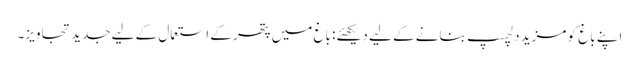
اپنے باغ کو مزید دلچسپ بنانے کے لیے دیکھئے: باغ میں پتھر کے استعمال کے لیے جدید تجاویز۔